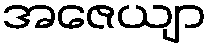
အဇေယျာ